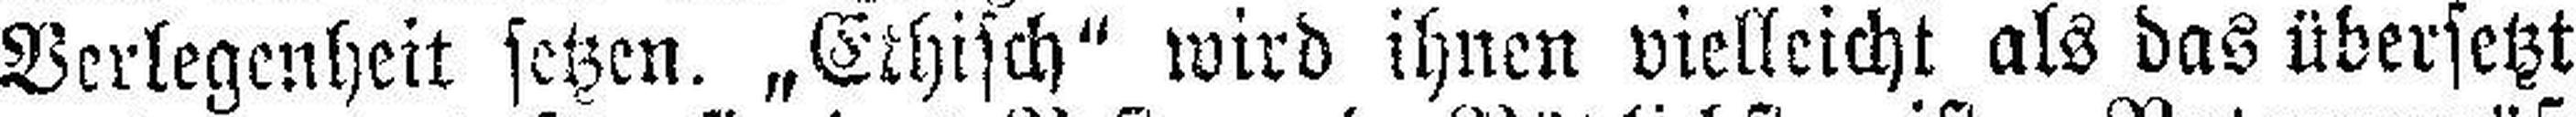
Verlegenheit setzen. „Ethisch“ wird ihnen vielleicht als das übersetzt